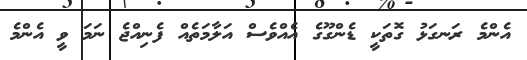
އެންމެ ރަނގަޅު ގޮތަކީ ޑެންގޫގެ އެއްވެސް އަލާމަތެއް ފެނިއްޖެ ނަމަ ވީ އެންމެ